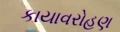
કાયાવરોહણ